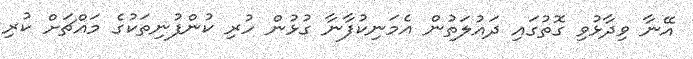
އޭނާ ވިދާޅުވި ގޮތުގައި ދައުލަތުން އެމަނިކުފާނާ ގުޅުން ހުރި ކުންފުނިތަކުގެ މައްޗަށް ކުރި